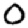
Digit: 0